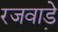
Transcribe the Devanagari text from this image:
रजवाडे़